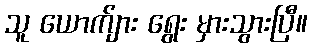
သူ ယောက်ျား ရွေး မှားသွားပြီ။